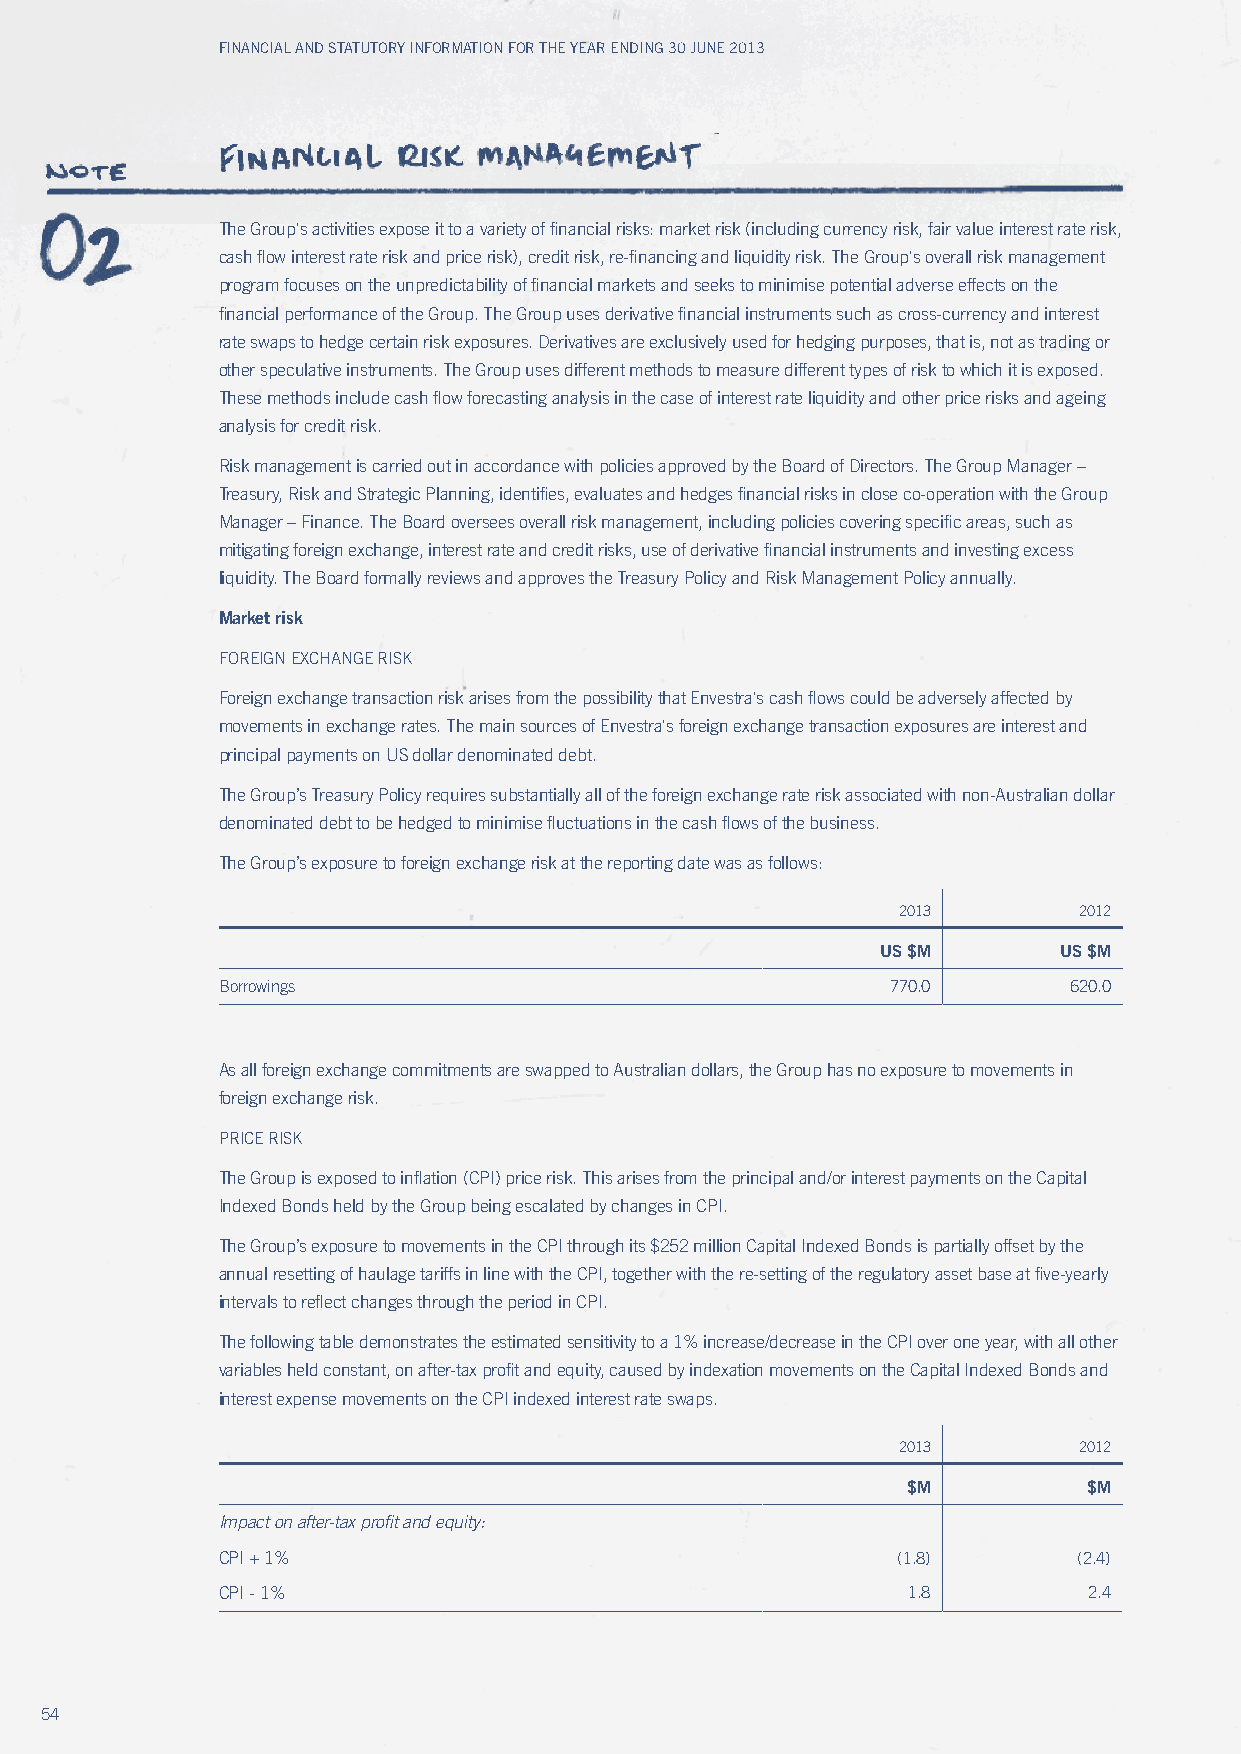
Financial and Statutory inFormation For the year ending 30 June 2013
 The Group's activities expose it to a variety of financial risks: market risk (including currency risk, fair value interest rate risk,
 cash flow interest rate risk and price risk), credit risk, re-financing and liquidity risk. The Group's overall risk management
 program focuses on the unpredictability of financial markets and seeks to minimise potential adverse effects on the
 financial performance of the Group. The Group uses derivative financial instruments such as cross-currency and interest
 rate swaps to hedge certain risk exposures. Derivatives are exclusively used for hedging purposes, that is, not as trading or
 other speculative instruments. The Group uses different methods to measure different types of risk to which it is exposed.
 These methods include cash flow forecasting analysis in the case of interest rate liquidity and other price risks and ageing
 analysis for credit risk.
 Risk management is carried out in accordance with policies approved by the Board of Directors. The Group Manager –
 Treasury, Risk and Strategic Planning, identifies, evaluates and hedges financial risks in close co-operation with the Group
 Manager – Finance. The Board oversees overall risk management, including policies covering specific areas, such as
 mitigating foreign exchange, interest rate and credit risks, use of derivative financial instruments and investing excess
 liquidity. The Board formally reviews and approves the Treasury Policy and Risk Management Policy annually.
 Market risk
 FOREIGN ExCHANGE RISK
 Foreign exchange transaction risk arises from the possibility that Envestra's cash flows could be adversely affected by
 movements in exchange rates. The main sources of Envestra's foreign exchange transaction exposures are interest and
 principal payments on uS dollar denominated debt.
 The Group’s Treasury Policy requires substantially all of the foreign exchange rate risk associated with non-Australian dollar
 denominated debt to be hedged to minimise fluctuations in the cash flows of the business.
 The Group’s exposure to foreign exchange risk at the reporting date was as follows:
 2013        2012
 uS $M       uS $M
 Borrowings                                   770.0       620.0
 As all foreign exchange commitments are swapped to Australian dollars, the Group has no exposure to movements in
 foreign exchange risk.
 PRICE RISK
 The Group is exposed to inflation (CPI) price risk. This arises from the principal and/or interest payments on the Capital
 Indexed Bonds held by the Group being escalated by changes in CPI.
 The Group’s exposure to movements in the CPI through its $252 million Capital Indexed Bonds is partially offset by the
 annual resetting of haulage tariffs in line with the CPI, together with the re-setting of the regulatory asset base at five-yearly
 intervals to reflect changes through the period in CPI.
 The following table demonstrates the estimated sensitivity to a 1% increase/decrease in the CPI over one year, with all other
 variables held constant, on after-tax profit and equity, caused by indexation movements on the Capital Indexed Bonds and
 interest expense movements on the CPI indexed interest rate swaps.
 2013        2012
 $M          $M
 Impact on after-tax profit and equity:
 CPI + 1%                                     (1.8)       (2.4)
 CPI - 1%                                      1.8         2.4
 54